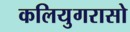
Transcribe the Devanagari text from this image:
कलियुगरासो